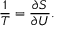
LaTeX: { \frac { 1 } { T } } = { \frac { \partial S } { \partial U } } .